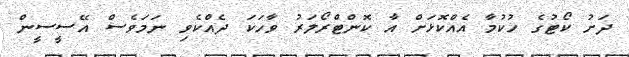
ދަށު ކޯޓުގެ ހުކުމާ އެއްކޮޅަށް އާ ކޮންޓްރޯލަރު ވާހަކަ ދެއްކެވި ނަމަވެސް އޭސީސީން